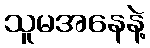
သူမအနေနဲ့